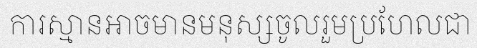
ការស្មានអាចមានមនុស្សចូលរួមប្រហែលជា